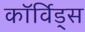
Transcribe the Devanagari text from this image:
कॉर्विड्स